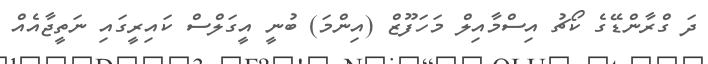
ދަ ގްރާންޑޭގެ ކޯޗު އިސްމާއިލް މަހަފޫޒް (އިންމަ) ބުނީ އީގަލްސް ކައިރީގައި ނަތީޖާއެއް